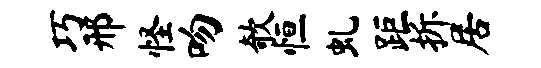
巧邢怪吻欹恒虬距拆居